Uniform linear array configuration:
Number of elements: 12
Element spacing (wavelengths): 0.25
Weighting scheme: hann
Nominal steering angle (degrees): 45
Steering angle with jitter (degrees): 45.533
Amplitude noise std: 0.05
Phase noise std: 0.05

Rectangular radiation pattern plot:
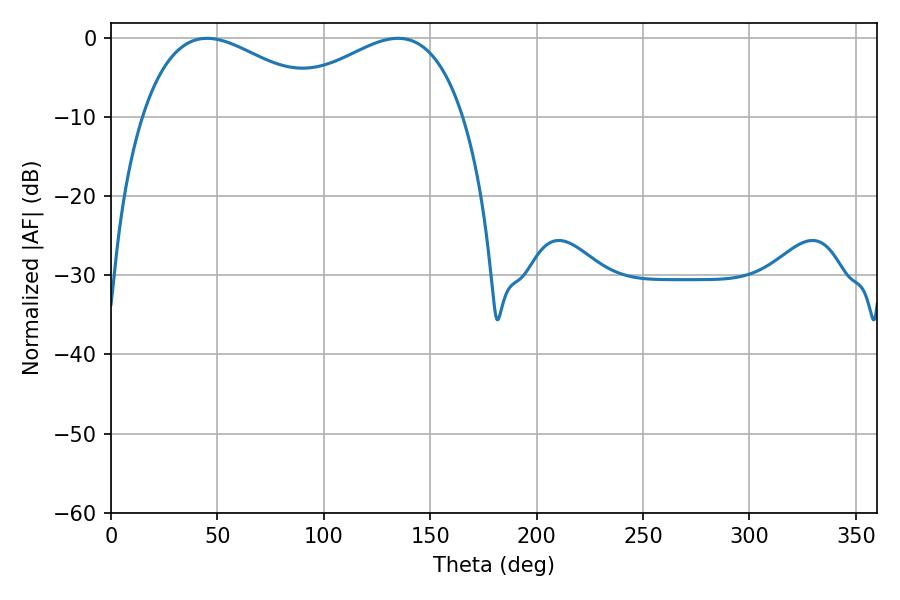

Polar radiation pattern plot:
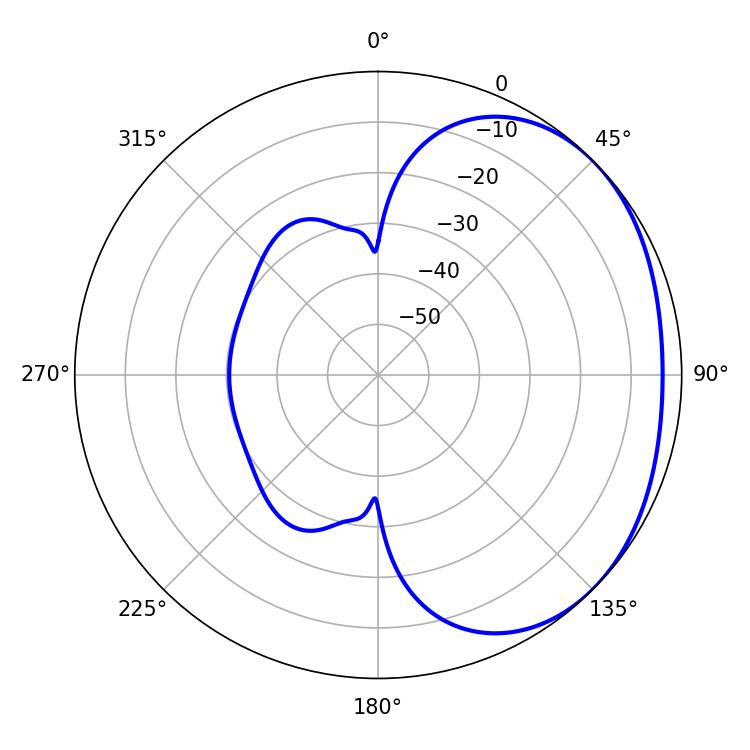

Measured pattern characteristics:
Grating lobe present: FALSE
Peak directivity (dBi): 1.963
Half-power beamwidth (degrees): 49.14
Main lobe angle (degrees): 45.18